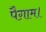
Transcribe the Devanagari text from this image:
पैग़ाम।